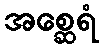
အစ္ဆေရံ